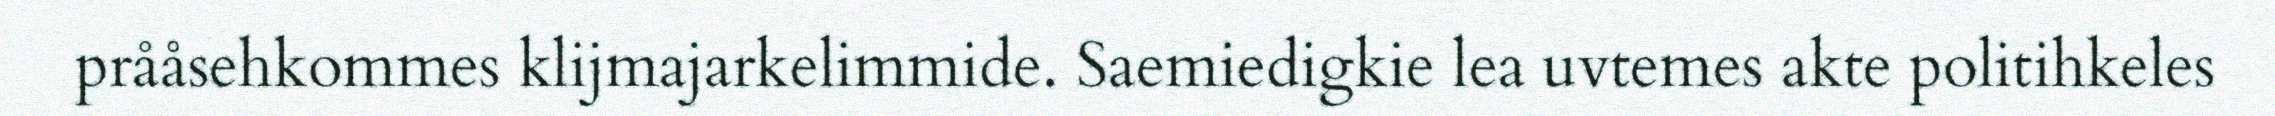
prååsehkommes klijmajarkelimmide. Saemiedigkie lea uvtemes akte politihkeles